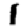
Digit: 1